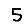
Digit: 5